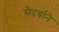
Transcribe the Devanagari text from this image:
सैदर्याने